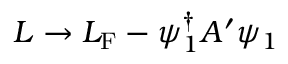
{ \cal L } \rightarrow { \cal L } _ { \mathrm { F } } - \psi _ { 1 } ^ { \dagger } A ^ { \prime } \psi _ { 1 }